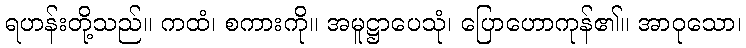
ရဟန်းတို့သည်။ ကထံ၊ စကားကို။ အမူဋ္ဌာပေသုံ၊ ပြောဟောကုန်၏။ အာဝုသော၊